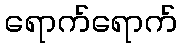
ရောက်ရောက်